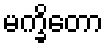
မက္ခိတော